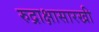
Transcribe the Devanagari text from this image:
रुद्राक्षासारखी